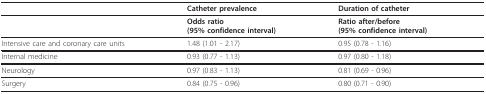
<table><thead><tr><td></td><td><b>Catheter prevalence</b></td><td><b>Duration of catheter</b></td></tr></thead><tbody><tr><td></td><td><b>Odds ratio</b><b>(95% confidence interval)</b></td><td><b>Ratio after/before</b><b>(95% confidence interval)</b></td></tr><tr><td>Intensive care and coronary care units</td><td>1.48 (1.01 - 2.17)</td><td>0.95 (0.78 - 1.16)</td></tr><tr><td>Internal medicine</td><td>0.93 (0.77 - 1.13)</td><td>0.97 (0.80 - 1.18)</td></tr><tr><td>Neurology</td><td>0.97 (0.83 - 1.13)</td><td>0.81 (0.69 - 0.96)</td></tr><tr><td>Surgery</td><td>0.84 (0.75 - 0.96)</td><td>0.80 (0.71 - 0.90)</td></tr></tbody></table>